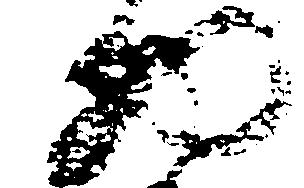
物